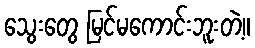
သွေးတွေ မြင်မကောင်းဘူးတဲ့။